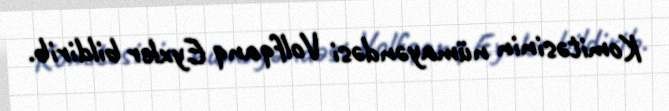
Komitəsinin nümayəndəsi Volfqanq Eyxler bildirib.